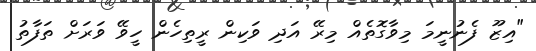
"އިޒޫ ފެނުނީމަ މިވާގޮތެއް މިރޭ އަދި ވަކިން ރީތިހެން ހީވޭ ވަރަށް ތަފާތު